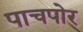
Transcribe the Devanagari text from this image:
पाचपोर